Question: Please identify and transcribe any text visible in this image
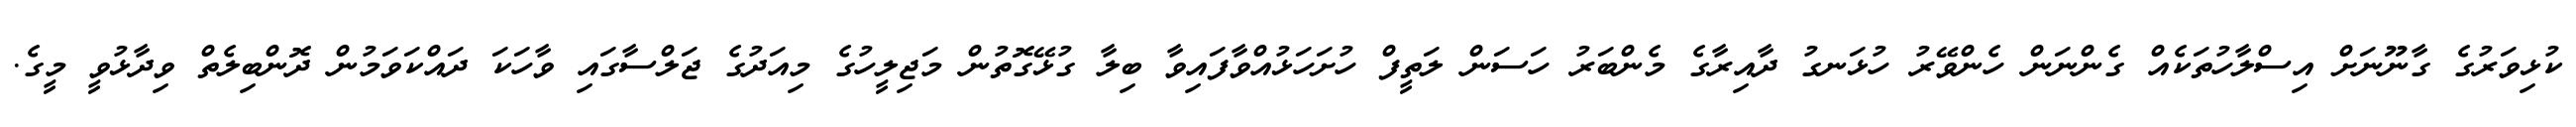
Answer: ކުޅިވަރުގެ ގާނޫނަށް އިސްލާހުތަކެއް ގެންނަން ހެންވޭރު ހުޅަނގު ދާއިރާގެ މެންބަރު ހަސަން ލަތީފް ހުށަހަޅުއްވާފައިވާ ބިލާ ގުޅޭގޮތުން މަޖިލީހުގެ މިއަދުގެ ޖަލްސާގައި ވާހަކަ ދައްކަވަމުން ދޮންބިލެތް ވިދާޅުވީ މީގެ.